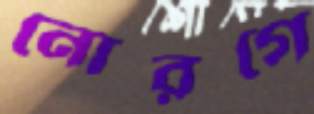
নোরগে